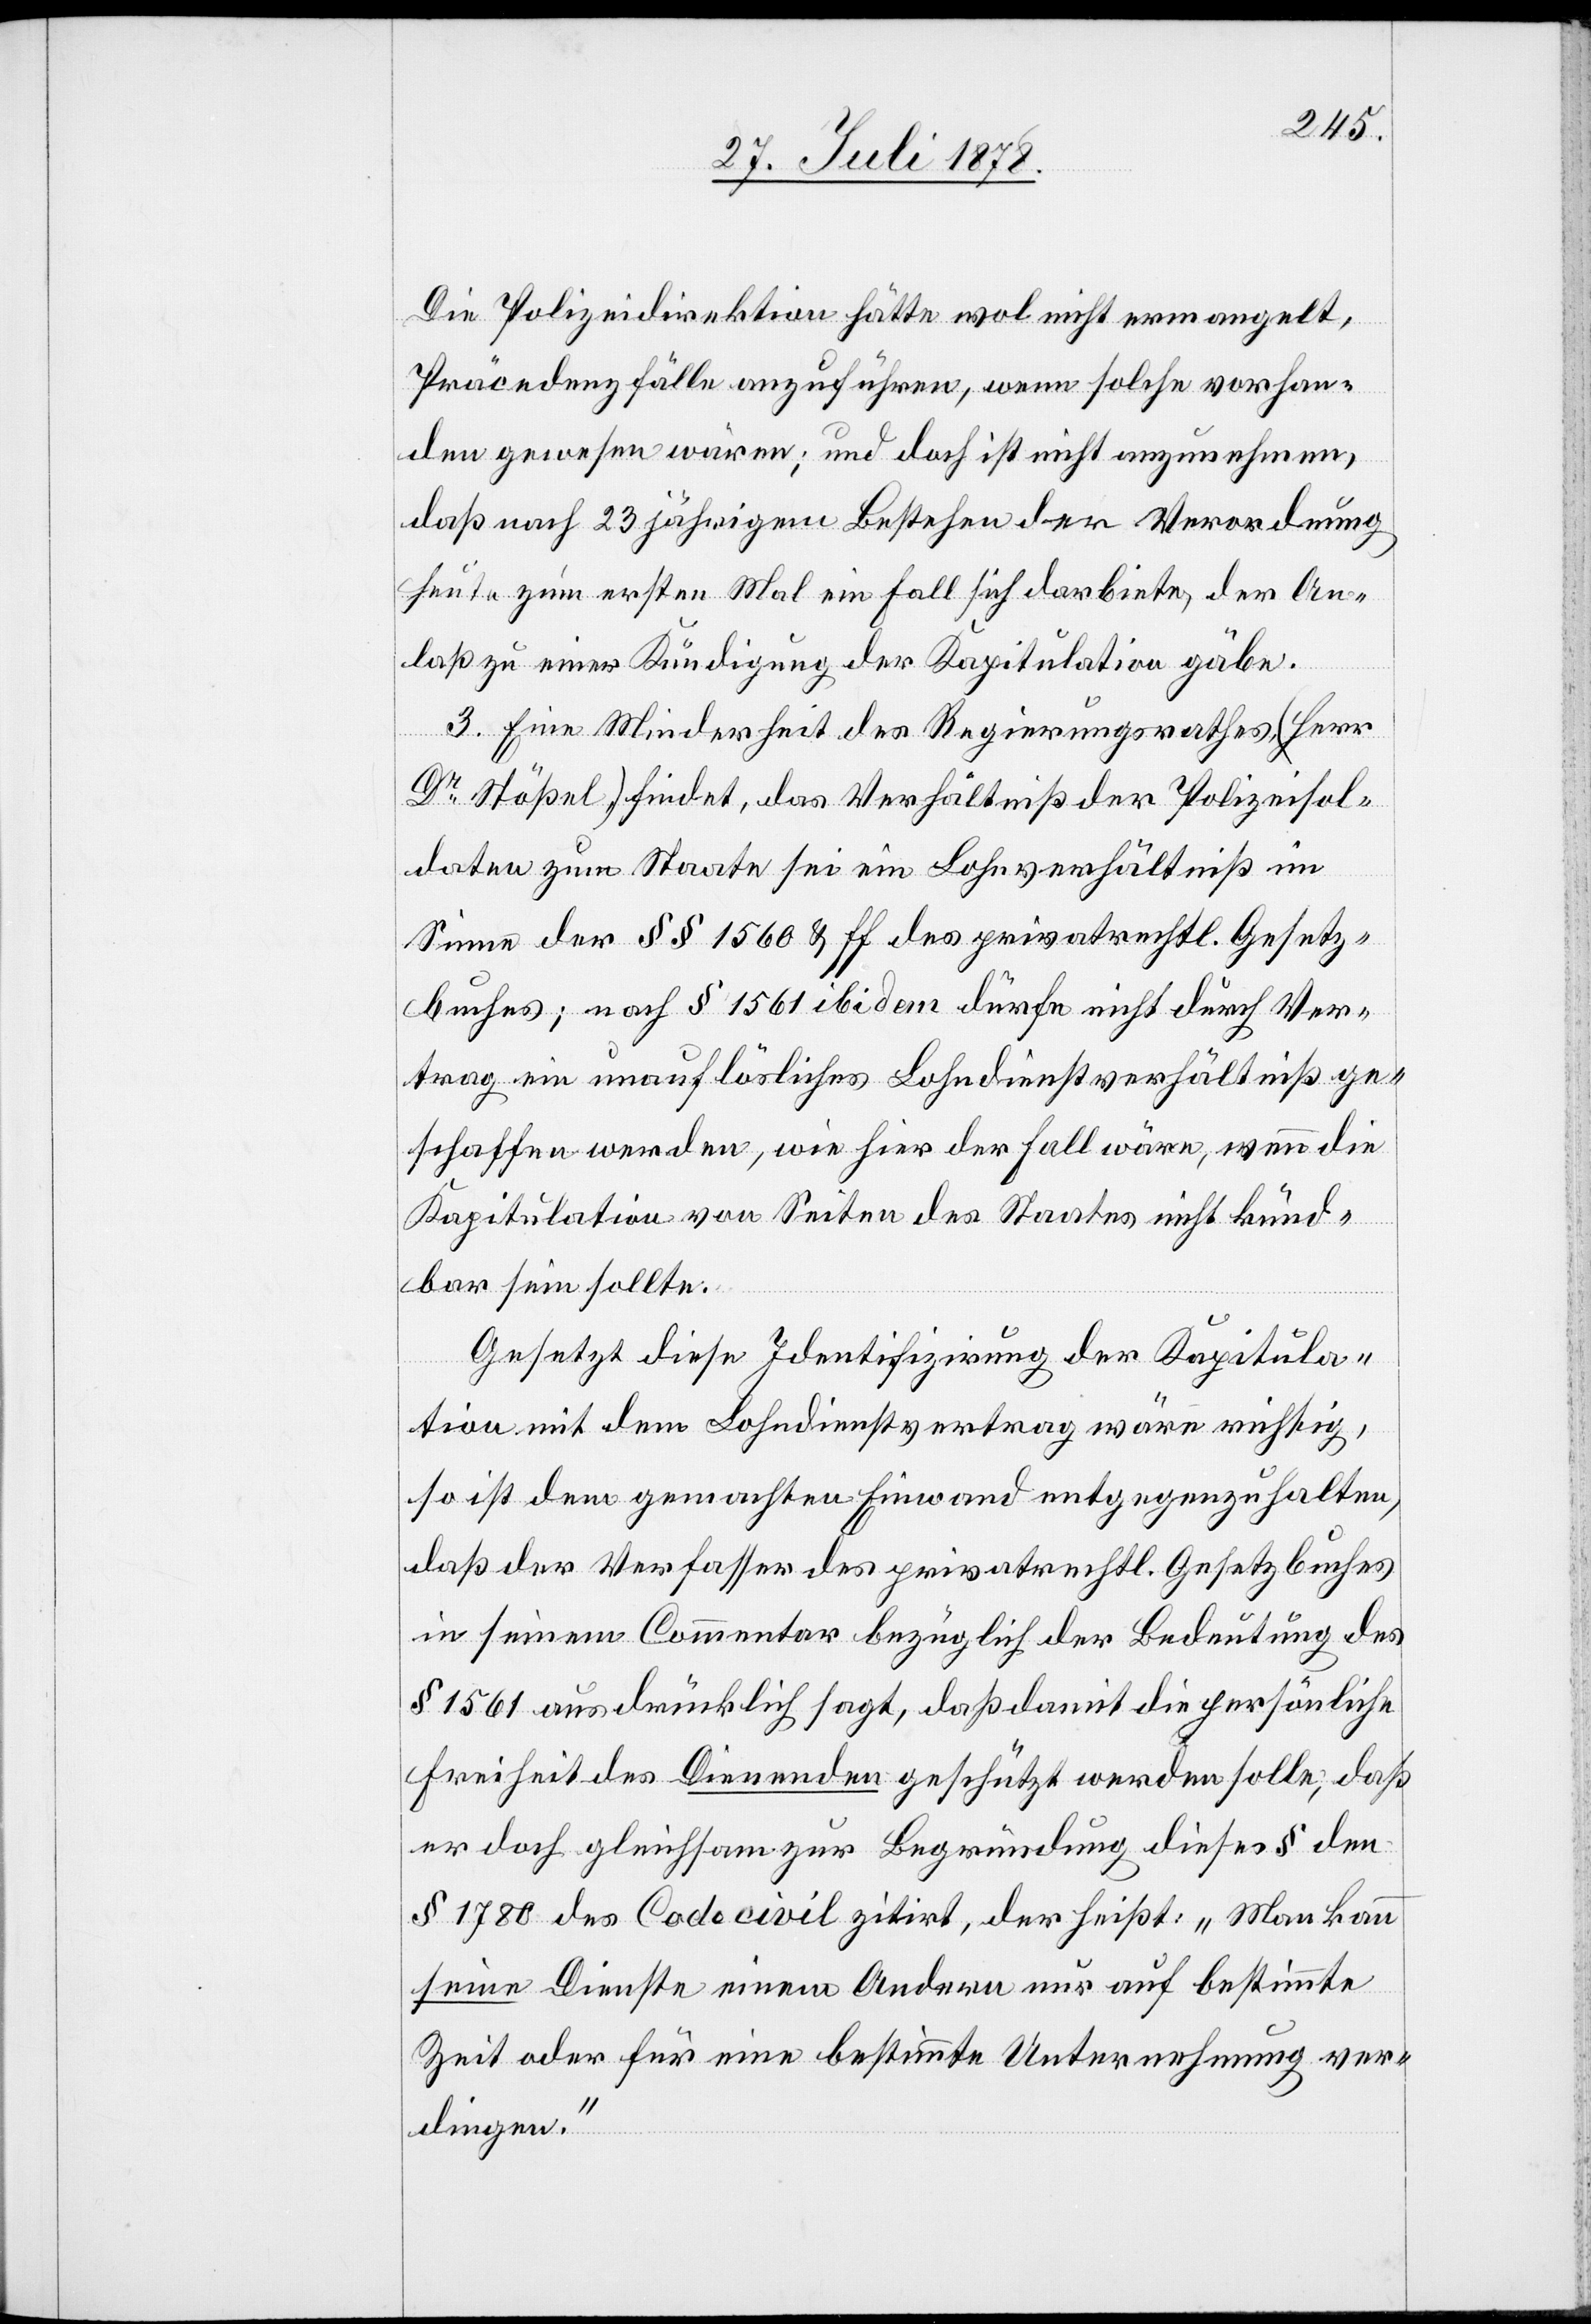
Die Polizeidirektion hätte wol nicht ermangelt,
Präcedenzfälle anzuführen, wenn solche vorhan¬
den gewesen wären; und doch ist nicht anzunehmen,
daß nach 23 jährigem Bestehen der Verordnung
heute zum ersten Mal ein Fall sich darbiete, der An¬
laß zu einer Kündigung der Kapitulation gäbe.
3. Eine Minderheit des Regierungsrathes, (Herr
Dr Stößel) findet, das Verhältniß der Polizeisol¬
daten zum Staate sei ein Lohnverhältniß im
Sinne der §§ 1560 & ff des privatrechtl. Gesetz¬
buches; nach § 1561 ibidem dürfe nicht durch Ver¬
trag ein unauflösliches Lohndienstverhältniß ge¬
schaffen werden, wie hier der Fall wäre, wenn die
Kapitulation von Seiten des Staates nicht künd¬
bar sein sollte.
Gesetzt diese Identifizirung der Kapitula¬
tion mit dem Lohndienstvertrag wäre richtig,
so ist dem gemachten Einwand entgegenzuhalten,
daß der Verfasser des privatrechtl. Gesetzbuches
in seinem Commentar bezüglich der Bedeutung des
§ 1561 ausdrücklich sagt, daß damit die persönliche
Freiheit des Dienenden geschützt werden solle; daß
er doch gleichsam zur Begründung dieses § den
§ 11780 des Code civil zitirt, der heißt: „Man kann
seine Dienste einem Andern nur auf bestimmte
Zeit oder für eine bestimmte Unternehmung ver¬
dingen.“